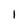
Character: I